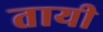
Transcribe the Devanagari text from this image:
तायी